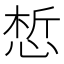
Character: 惁